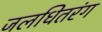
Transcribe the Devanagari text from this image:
जलधितरंग